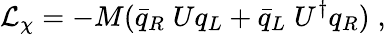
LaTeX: {\cal{L}}_{\chi}=-M(\bar{q}_{R}\; Uq_{L}+\bar{q}_{L}\; U^{\dagger}q_{R})\; ,